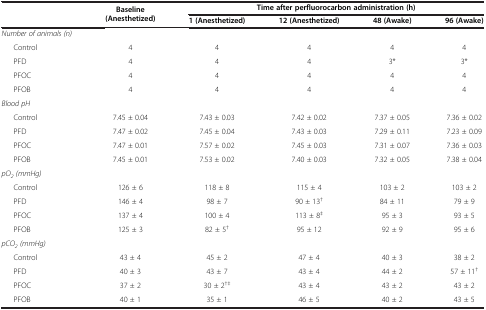
<table><thead><tr><td rowspan="2"><b> </b></td><td rowspan="2"><b>Baseline (Anesthetized)</b></td><td colspan="4"><b>Time after perfluorocarbon administration (h)</b></td><td><b> </b></td><td><b> </b></td><td><b> </b></td><td><b> </b></td><td><b> </b></td><td><b> </b></td><td><b> </b></td><td><b> </b></td><td><b> </b></td><td><b> </b></td><td><b> </b></td></tr><tr><td><b>1 (Anesthetized)</b></td><td><b>12 (Anesthetized)</b></td><td><b>48 (Awake)</b></td><td><b>96 (Awake)</b></td><td><b> </b></td><td><b> </b></td><td><b> </b></td><td><b> </b></td><td><b> </b></td><td><b> </b></td><td><b> </b></td><td><b> </b></td><td><b> </b></td><td><b> </b></td><td><b> </b></td></tr></thead><tbody><tr><td><i>Number of animals (n)</i></td><td> </td><td> </td><td> </td><td> </td><td> </td><td> </td><td> </td><td> </td><td> </td><td> </td><td> </td><td> </td><td> </td><td> </td><td> </td><td> </td></tr><tr><td>Control</td><td>4</td><td>4</td><td>4</td><td>4</td><td>4</td><td> </td><td> </td><td> </td><td> </td><td> </td><td> </td><td> </td><td> </td><td> </td><td> </td><td> </td></tr><tr><td>PFD</td><td>4</td><td>4</td><td>4</td><td>3*</td><td>3*</td><td> </td><td> </td><td> </td><td> </td><td> </td><td> </td><td> </td><td> </td><td> </td><td> </td><td> </td></tr><tr><td>PFOC</td><td>4</td><td>4</td><td>4</td><td>4</td><td>4</td><td> </td><td> </td><td> </td><td> </td><td> </td><td> </td><td> </td><td> </td><td> </td><td> </td><td> </td></tr><tr><td>PFOB</td><td>4</td><td>4</td><td>4</td><td>4</td><td>4</td><td> </td><td> </td><td> </td><td> </td><td> </td><td> </td><td> </td><td> </td><td> </td><td> </td><td> </td></tr><tr><td><i>Blood pH</i></td><td> </td><td> </td><td> </td><td> </td><td> </td><td> </td><td> </td><td> </td><td> </td><td> </td><td> </td><td> </td><td> </td><td> </td><td> </td><td> </td></tr><tr><td>Control</td><td>7.45 ± 0.04</td><td>7.43 ± 0.03</td><td>7.42 ± 0.02</td><td>7.37 ± 0.05</td><td>7.36 ± 0.02</td><td> </td><td> </td><td> </td><td> </td><td> </td><td> </td><td> </td><td> </td><td> </td><td> </td><td> </td></tr><tr><td>PFD</td><td>7.47 ± 0.02</td><td>7.45 ± 0.04</td><td>7.43 ± 0.03</td><td>7.29 ± 0.11</td><td>7.23 ± 0.09</td><td> </td><td> </td><td> </td><td> </td><td> </td><td> </td><td> </td><td> </td><td> </td><td> </td><td> </td></tr><tr><td>PFOC</td><td>7.47 ± 0.01</td><td>7.57 ± 0.02</td><td>7.45 ± 0.03</td><td>7.31 ± 0.07</td><td>7.36 ± 0.03</td><td> </td><td> </td><td> </td><td> </td><td> </td><td> </td><td> </td><td> </td><td> </td><td> </td><td> </td></tr><tr><td>PFOB</td><td>7.45 ± 0.01</td><td>7.53 ± 0.02</td><td>7.40 ± 0.03</td><td>7.32 ± 0.05</td><td>7.38 ± 0.04</td><td> </td><td> </td><td> </td><td> </td><td> </td><td> </td><td> </td><td> </td><td> </td><td> </td><td> </td></tr><tr><td><i>pO</i><sub><i>2</i></sub><i>(mmHg)</i></td><td> </td><td> </td><td> </td><td> </td><td> </td><td> </td><td> </td><td> </td><td> </td><td> </td><td> </td><td> </td><td> </td><td> </td><td> </td><td> </td></tr><tr><td>Control</td><td>126 ± 6</td><td>118 ± 8</td><td>115 ± 4</td><td>103 ± 2</td><td>103 ± 2</td><td> </td><td> </td><td> </td><td> </td><td> </td><td> </td><td> </td><td> </td><td> </td><td> </td><td> </td></tr><tr><td>PFD</td><td>146 ± 4</td><td>98 ± 7</td><td>90 ± 13<sup>†</sup></td><td>84 ± 11</td><td>79 ± 9</td><td> </td><td> </td><td> </td><td> </td><td> </td><td> </td><td> </td><td> </td><td> </td><td> </td><td> </td></tr><tr><td>PFOC</td><td>137 ± 4</td><td>100 ± 4</td><td>113 ± 8<sup>‡</sup></td><td>95 ± 3</td><td>93 ± 5</td><td> </td><td> </td><td> </td><td> </td><td> </td><td> </td><td> </td><td> </td><td> </td><td> </td><td> </td></tr><tr><td>PFOB</td><td>125 ± 3</td><td>82 ± 5<sup>†</sup></td><td>95 ± 12</td><td>92 ± 9</td><td>95 ± 6</td><td> </td><td> </td><td> </td><td> </td><td> </td><td> </td><td> </td><td> </td><td> </td><td> </td><td> </td></tr><tr><td><i>pCO</i><sub><i>2</i></sub><i>(mmHg)</i></td><td> </td><td> </td><td> </td><td> </td><td> </td><td> </td><td> </td><td> </td><td> </td><td> </td><td> </td><td> </td><td> </td><td> </td><td> </td><td> </td></tr><tr><td>Control</td><td>43 ± 4</td><td>45 ± 2</td><td>47 ± 4</td><td>40 ± 3</td><td>38 ± 2</td><td> </td><td> </td><td> </td><td> </td><td> </td><td> </td><td> </td><td> </td><td> </td><td> </td><td> </td></tr><tr><td>PFD</td><td>40 ± 3</td><td>43 ± 7</td><td>43 ± 4</td><td>44 ± 2</td><td>57 ± 11<sup>†</sup></td><td> </td><td> </td><td> </td><td> </td><td> </td><td> </td><td> </td><td> </td><td> </td><td> </td><td> </td></tr><tr><td>PFOC</td><td>37 ± 2</td><td>30 ± 2<sup>†</sup><sup>‡</sup></td><td>43 ± 4</td><td>43 ± 2</td><td>43 ± 2</td><td> </td><td> </td><td> </td><td> </td><td> </td><td> </td><td> </td><td> </td><td> </td><td> </td><td> </td></tr><tr><td>PFOB</td><td>40 ± 1</td><td>35 ± 1</td><td>46 ± 5</td><td>40 ± 2</td><td>43 ± 5</td><td> </td><td> </td><td> </td><td> </td><td> </td><td> </td><td> </td><td> </td><td> </td><td> </td><td> </td></tr></tbody></table>